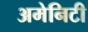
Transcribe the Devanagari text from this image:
अमेनिटी